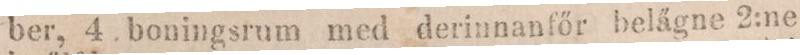
ber, 4 boningsrum med derinnanfőr belägne 2:ne